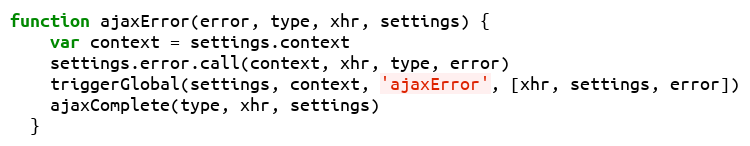
Language: JavaScript
function ajaxError(error, type, xhr, settings) {
    var context = settings.context
    settings.error.call(context, xhr, type, error)
    triggerGlobal(settings, context, 'ajaxError', [xhr, settings, error])
    ajaxComplete(type, xhr, settings)
  }